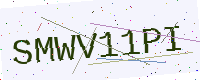
Text: SMWV11PI